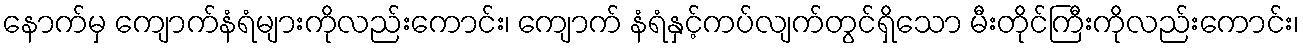
နောက်မှ ကျောက်နံရံများကိုလည်းကောင်း၊ ကျောက် နံရံနှင့်ကပ်လျက်တွင်ရှိသော မီးတိုင်ကြီးကိုလည်းကောင်း၊